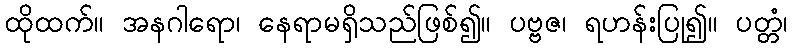
ထိုထက်။ အနဂါရော၊ နေရာမရှိသည်ဖြစ်၍။ ပဗ္ဗဇ၊ ရဟန်းပြု၍။ ပတ္တံ၊